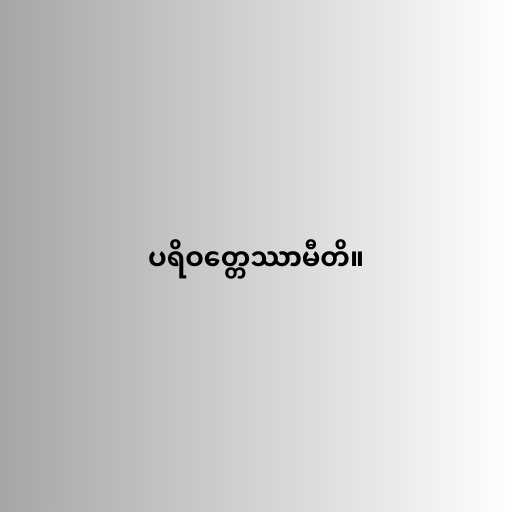
ပရိဝတ္တေဿာမီတိ။